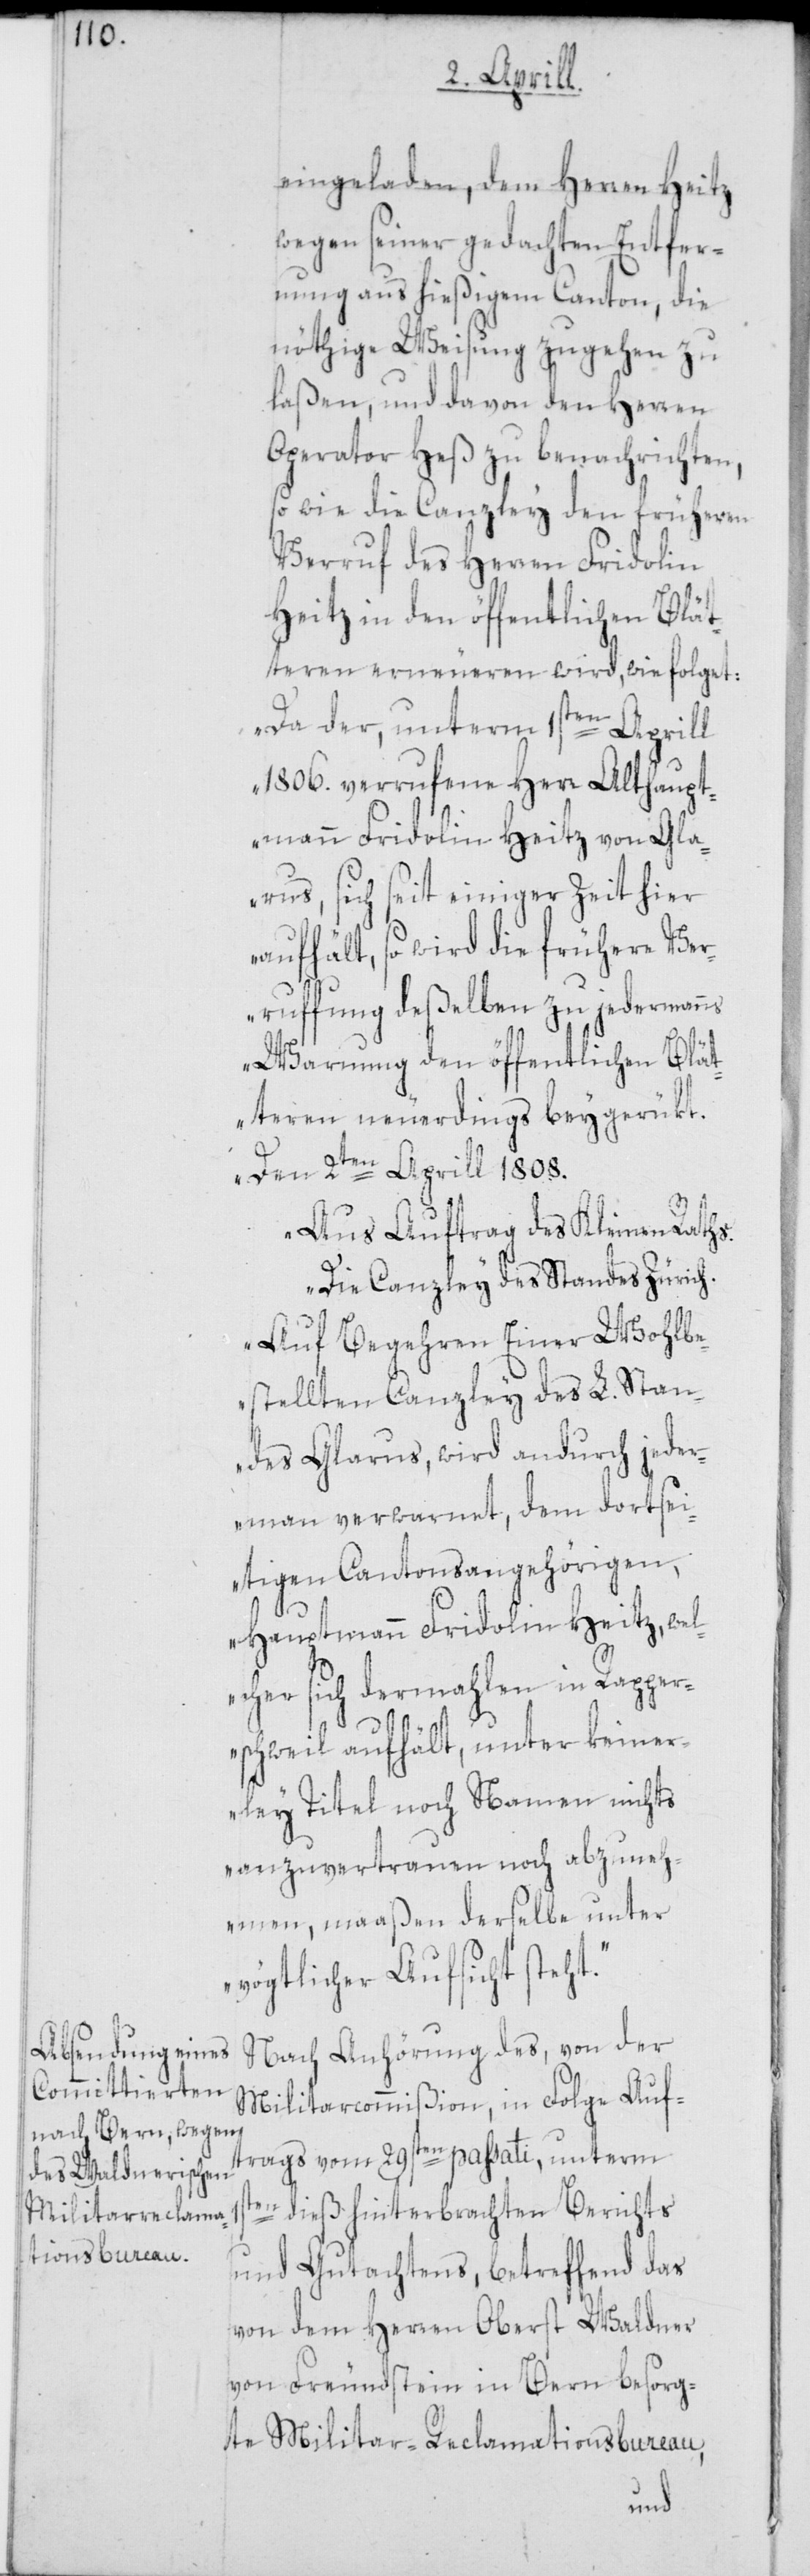
eingeladen, dem Herren Heitz
wegen seiner gedachten Entfer¬
nung aus hießigem Canton, die
nöthige Weisung zugehen zu
laßen, und davon den Herren
Operator Heß zu benachrichten,
so wie die Canzley den früheren
Verruf des Herren Fridolin
Heitz in den öffentlichen Blät¬
teren erneueren wird, wie folget:
„Da der, unterm 1sten Aprill
1806. verrufene Herr Althaupt¬
mann Fridolin Heitz von Gla¬
rus, sich seit einiger Zeit hier
aufhält, so wird die frühere Ver¬
Warnung den öffentlichen Blät¬
teren neuerdings beygerükt.
Den 2ten Aprill 1808.
Aus Auftrag des Kleinen Raths.
Die Canzley des Standes Zürich.
Auf Begehren Einer Wohlbe¬
stellten Canzley des L. Stan¬
des Glarus, wird andurch jeder¬
mann verwarnet, dem dortsei¬
tigen Cantonsangehörigen,
Hauptmann Fridolin Heitz, wel¬
cher sich dermahlen in Rapper¬
ruff¬
schweil aufhält, unter keiner¬
ley Titel noch Namen nichts
anzuvertrauen noch abzuneh¬
men, maaßen derselbe unter
vögtlicher Aufsicht steht.“
Nach Anhörung des, von der
Militarcommißion, in Folge Auf¬
trags vom 29sten passati, unterm
dieß hinterbrachten Berichts
und Gutachtens, betreffend das
von dem Herren Oberst Waldner
von Freundstein in Bern besorg¬
te Militar-Reclamationsbureau,
ung